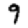
Digit: 9